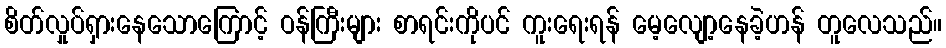
စိတ်လှုပ်ရှားနေသောကြောင့် ဝန်ကြီးများ စာရင်းကိုပင် ကူးရေးရန် မေ့လျော့နေခဲ့ဟန် တူလေသည်။